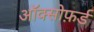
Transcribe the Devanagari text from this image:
ऑक्सोफ़र्ड